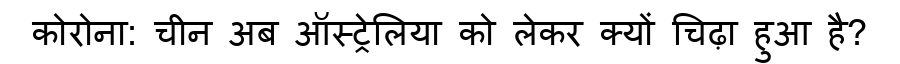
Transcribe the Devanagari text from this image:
कोरोना: चीन अब ऑस्ट्रेलिया को लेकर क्यों चिढ़ा हुआ है?